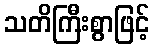
သတိကြီးစွာဖြင့်